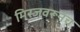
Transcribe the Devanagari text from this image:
मिरजवरूनच